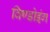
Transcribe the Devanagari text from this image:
विण्डोइंग